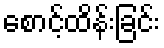
စောင့်ထိန်းခြင်း